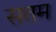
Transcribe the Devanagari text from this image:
सतम